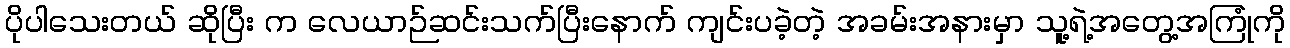
ပိုပါသေးတယ် ဆိုပြီး က လေယာဉ်ဆင်းသက်ပြီးနောက် ကျင်းပခဲ့တဲ့ အခမ်းအနားမှာ သူ့ရဲ့အတွေ့အကြုံကို